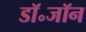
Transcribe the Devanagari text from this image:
डॉ॰जॉन